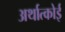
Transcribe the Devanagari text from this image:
अर्थात्कोई